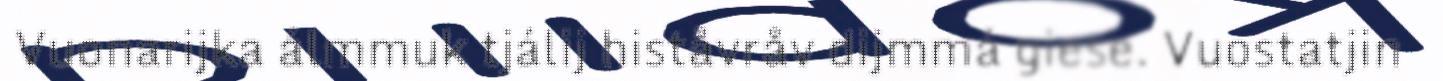
Vuonarijka álmmuk tjálij histåvråv dijmmá giese. Vuostatjin